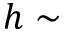
h \sim